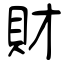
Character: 財